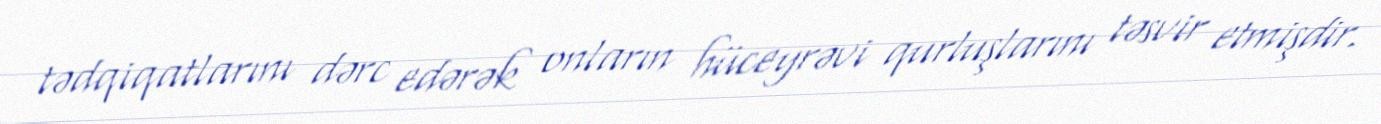
tədqiqatlarını dərc edərək onların hüceyrəvi qurluşlarını təsvir etmişdir.